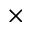
\times